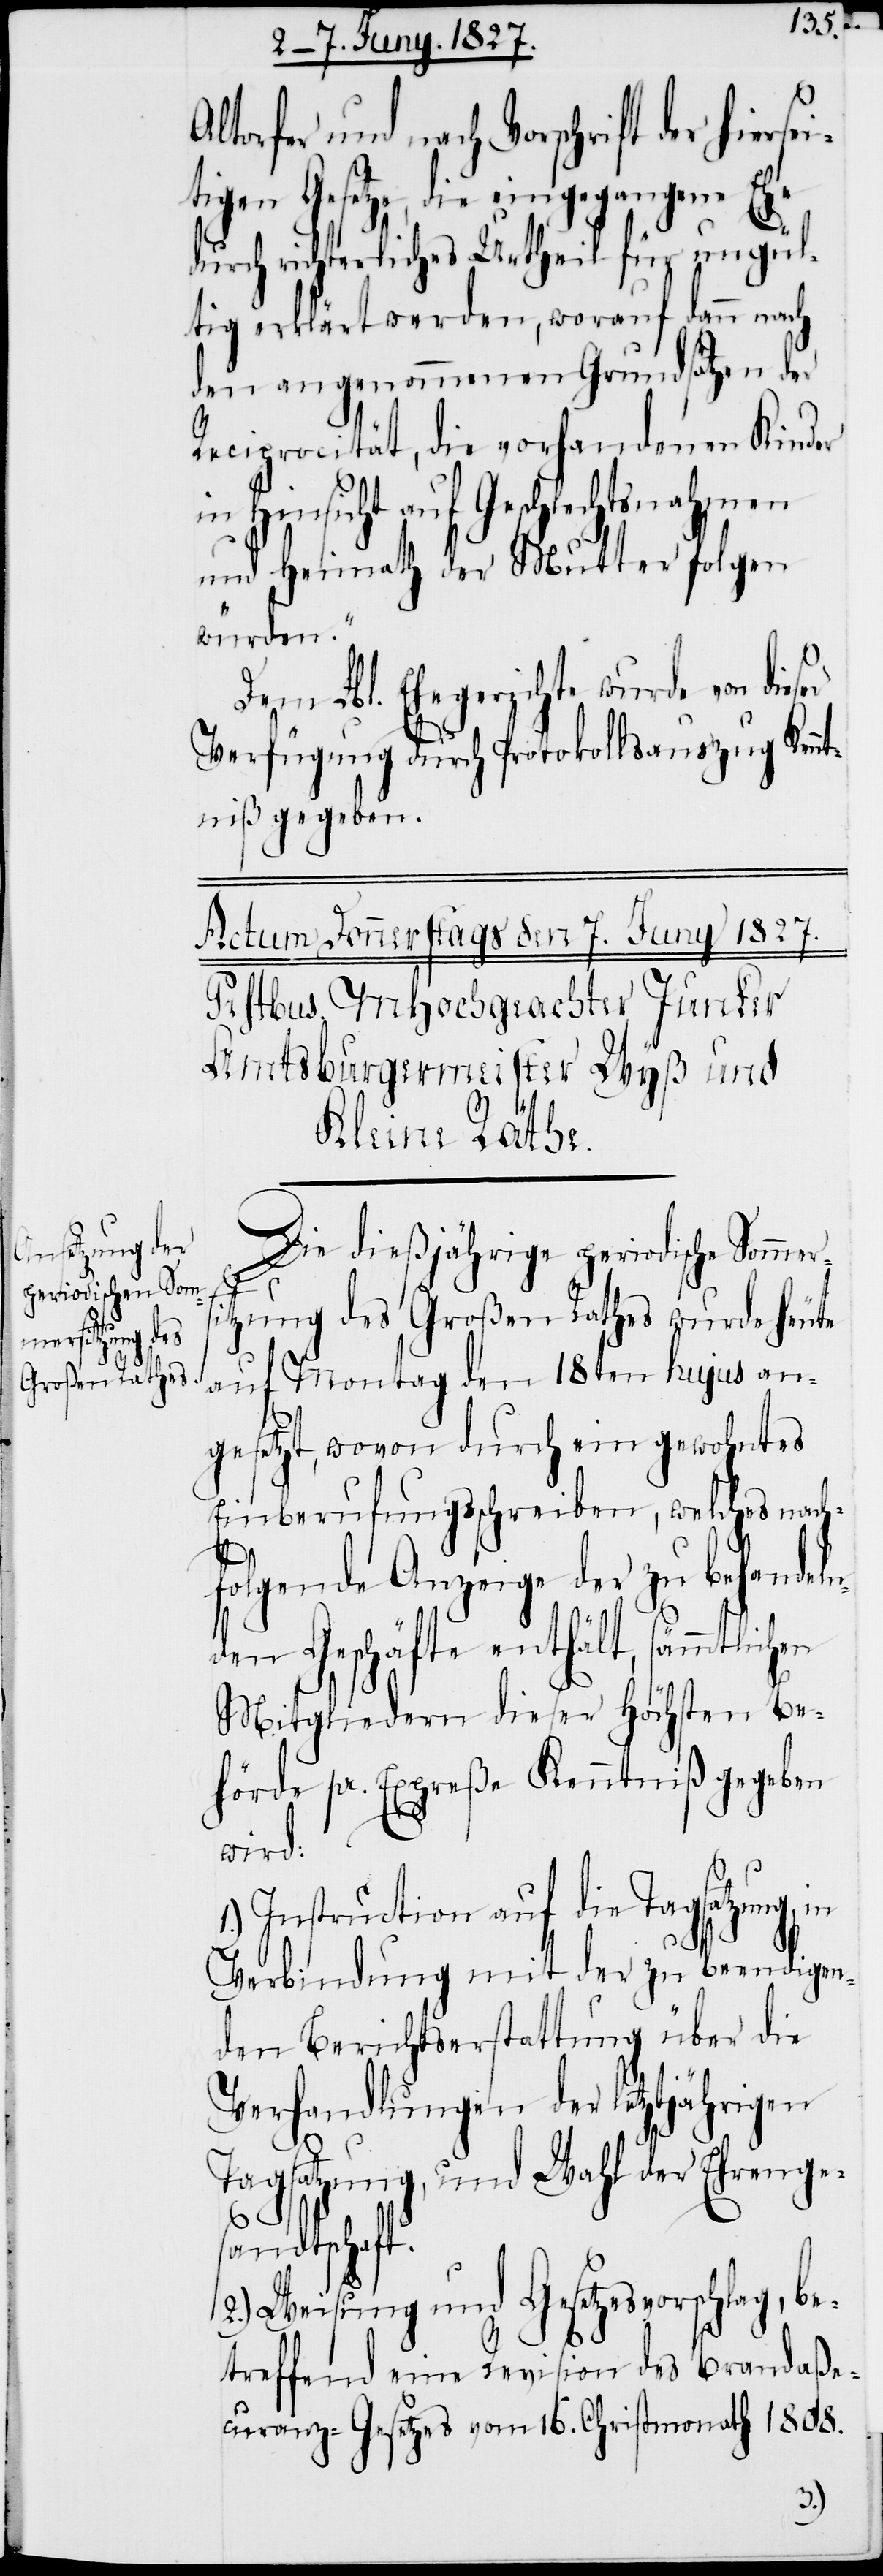
ltorfer und nach Vorschrift der hierse¬
itigen Gesetze, die eingegangene Ehe
durch richterliches Urtheil für ungül¬
tig erklärt werden, worauf dann nach
den angenommenen Grundsätzen der
Reciprocität, die vorhandenen Kinder
in Hinsicht auf Geschlechtsnahmen
und Heimath der Mutter folgen
würden.“
Dem Lbl. Ehegerichte wurde von dieser
Verfügung durch Protokollsauszug Kenn¬
tniß gegeben.
Die dießjährige periodische Sommer¬
sitzung des Großen Rathes wurde heute
auf Montag den 18ten hujus an¬
gesetzt, wovon durch ein gewohntes
Einberufungsschreiben, welches nach¬
folgende Anzeige der zu behandel¬
den Geschäfte enthält,
Mitgliedern dieser Höchsten Be¬
hörde pr. Expreße Kenntniß gegeben
wird:
Instruction auf die Tagsatzung,
Verbindung mit der zu beendigen¬
den Berichtserstattung über die
Verhandlungen der letztjährigen
Tagsatzung, und Wahl der Ehrenge¬
sandtschaft.
2.) Weisung und Gesetzesvorschlag, be¬
treffend eine Revision des Brandaße¬
curanz-Gesetzes vom 16. Christmonath 1808.
n¬